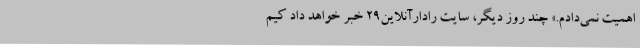
اهمیت نمی‌دادم.» چند روز دیگر، سایت رادارآنلاین۲۹ خبر خواهد داد کیم